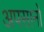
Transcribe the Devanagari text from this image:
अपसानों